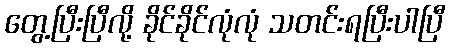
တွေ့ပြီးပြီလို့ ခိုင်ခိုင်လုံလုံ သတင်းရပြီးပါပြီ